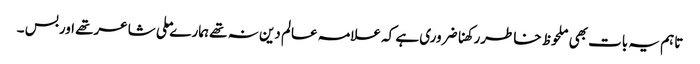
تاہم یہ بات بھی ملحوظ خاطررکھناضروری ہے کہ علامہ عالم دین نہ تھے ہمارے ملی شاعرتھے اوربس ۔